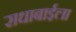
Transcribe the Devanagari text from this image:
राधाबाईला